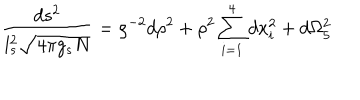
{ \frac { d s ^ { 2 } } { l _ { s } ^ { 2 } \sqrt { 4 \pi g _ { s } N } } } = \rho ^ { - 2 } d \rho ^ { 2 } + \rho ^ { 2 } \sum _ { i = 1 } ^ { 4 } d x _ { i } ^ { 2 } + d \Omega _ { 5 } ^ { 2 }